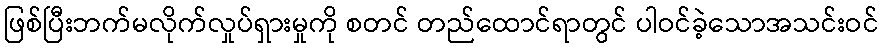
ဖြစ်ပြီးဘက်မလိုက်လှုပ်ရှားမှုကို စတင် တည်ထောင်ရာတွင် ပါဝင်ခဲ့သောအသင်းဝင်